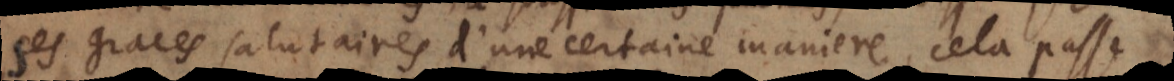
ses graces salutaires d’une certaine maniere, cela passe